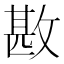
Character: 𢾤